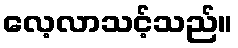
လေ့လာသင့်သည်။